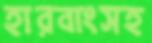
হারবাংসহ